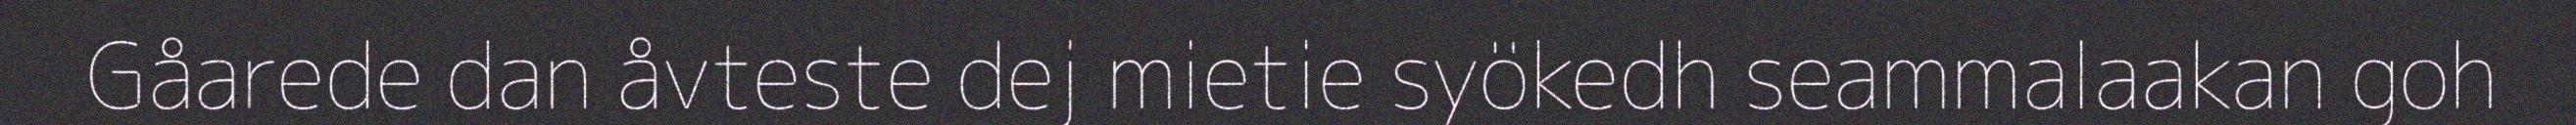
Gåarede dan åvteste dej mietie syökedh seammalaakan goh